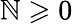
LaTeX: \mathbb{N}\geqslant0